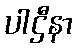
ပါဌီနာ